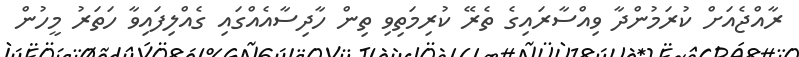
ރާއްޖެއަށް ކުރަމުންދާ ވިއްސާރައިގެ ތެރޭ ކުރިމަތިވި ތިން ހާދިސާއެއްގައި ގެއްލިފައިވާ ހަތަރު މީހުން